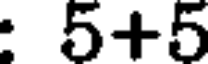
: 5+5